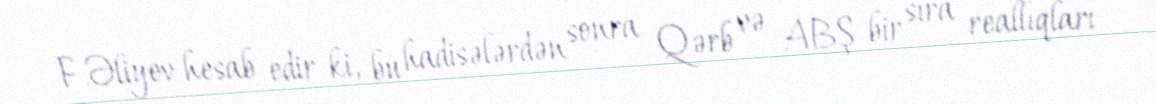
F.Əliyev hesab edir ki, bu hadisələrdən sonra Qərb və ABŞ bir sıra reallıqları